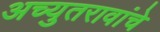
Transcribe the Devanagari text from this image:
अच्युतरावांचे